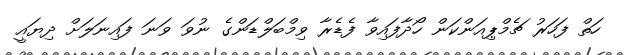
ހަތް ފަހަރު ޗެމްޕިއަންކަން ހޯދާފައިވާ ފެޑެރާ ވިމްބަލްޑަންގެ ނުވަ ވަނަ ފައިނަލަށް ދިޔައީ